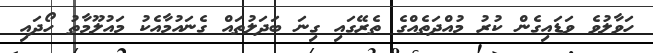
ހަވާލުވެ ވަޑައިގެން ކުރު މުއްދަތެއްގެ ތެރޭގައި ގިނަ ބަދަލުތައް ގެނައުމާއެކު މައުލޫމާތު ހޯދައި